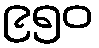
၉၅၀